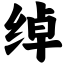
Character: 绰